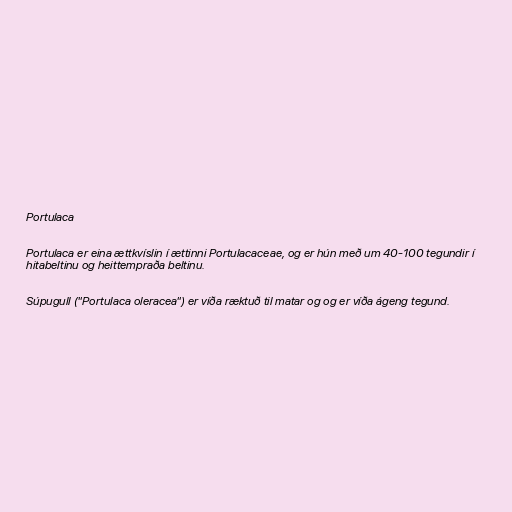
Portulaca

Portulaca er eina ættkvíslin í ættinni Portulacaceae, og er hún með um 40-100 tegundir í
hitabeltinu og heittempraða beltinu.

Súpugull ("Portulaca oleracea") er víða ræktuð til matar og og er víða ágeng tegund.